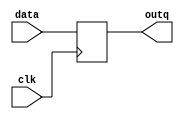


module DTrigger (
    input wire clk,
    input wire data,
    output reg outq
);


//D
always @(posedge clk ) begin
    outq <= data;
end

    
endmodule